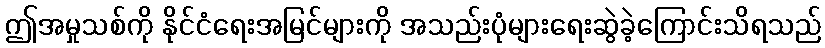
ဤအမှုသစ်ကို နိုင်ငံရေးအမြင်များကို အသည်းပုံများရေးဆွဲခဲ့ကြောင်းသိရသည်